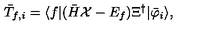
{ \bar { T } } _ { f , i } = \langle f | ( { \bar { H } } { \cal X } - E _ { f } ) \Xi ^ { \dagger } | { \bar { \varphi } } _ { i } \rangle ,